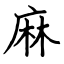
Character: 麻